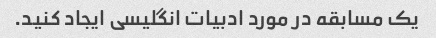
یک مسابقه در مورد ادبیات انگلیسی ایجاد کنید.